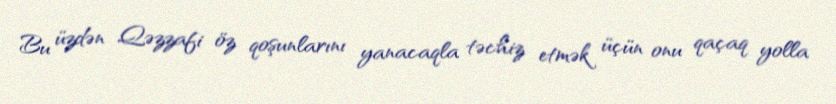
Bu üzdən Qəzzafi öz qoşunlarını yanacaqla təchiz etmək üçün onu qaçaq yolla